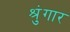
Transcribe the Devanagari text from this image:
श्रुंगार